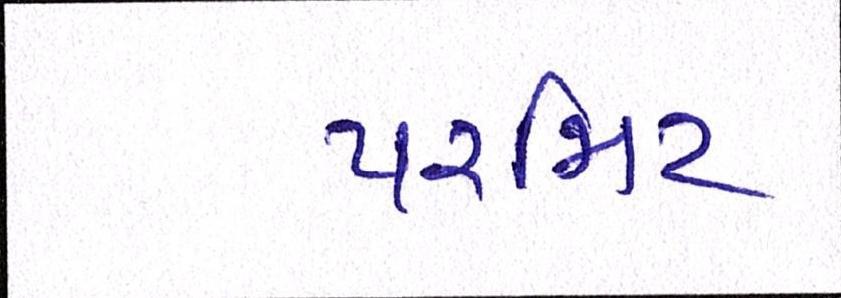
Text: પરમિટ